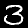
Label: 3